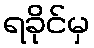
ရခိုင်မှ